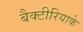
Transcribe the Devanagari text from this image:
बैक्टीरियाके